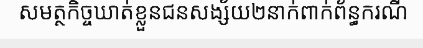
សមត្ថកិច្ចឃាត់ខ្លួនជនសង្ស័យ២នាក់ពាក់ព័ន្ធករណី